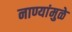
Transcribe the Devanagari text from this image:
नाण्यांमुळे